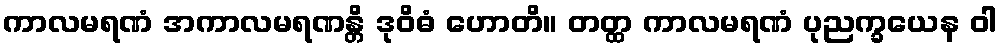
ကာလမရဏံ အကာလမရဏန္တိ ဒုဝိဓံ ဟောတိ။ တတ္ထ ကာလမရဏံ ပုညက္ခယေန ဝါ